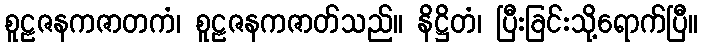
စူဠဇနကဇာတကံ၊ စူဠဇနကဇာတ်သည်။ နိဋ္ဌိတံ၊ ပြီးခြင်းသို့ရောက်ပြီ။